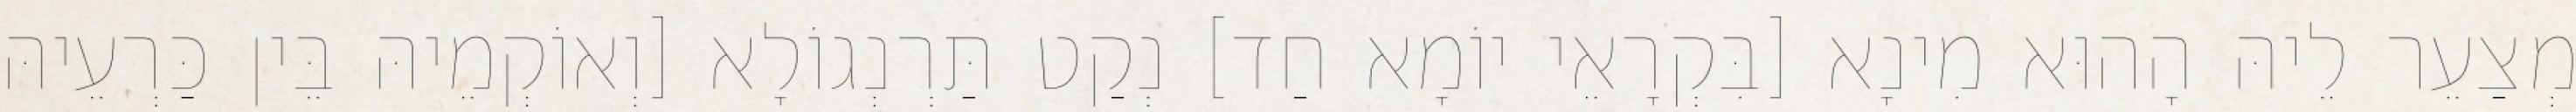
מְצַעֵר לֵיהּ הָהוּא מִינָא [בִּקְרָאֵי יוֹמָא חַד] נְקַט תַּרְנְגוֹלָא [וְאוֹקְמֵיהּ בֵּין כַּרְעֵיהּ